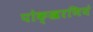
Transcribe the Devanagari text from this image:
पोक्खरणियं